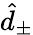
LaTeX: \hat{d}_{\pm}